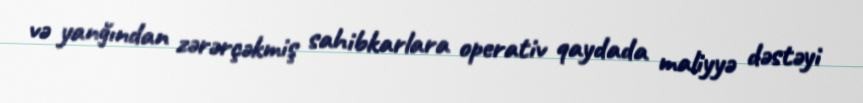
və yanğından zərərçəkmiş sahibkarlara operativ qaydada maliyyə dəstəyi